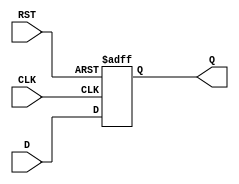
module d_ff_posedge (
    input D,
    input CLK,
    input RST,
    output reg Q
);

always @(posedge CLK or posedge RST) begin
    if (RST) begin
        Q <= 1'b0; // reset the output to 0
    end else begin
        Q <= D; // update output with D input on positive clock edge
    end
end

endmodule